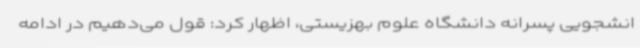
انشجویی پسرانه دانشگاه علوم بهزیستی، اظهار کرد: قول می‌دهیم در ادامه